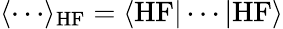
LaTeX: \langle\cdots\rangle_{\mathrm{HF}}=\langle\mathrm{HF}|\cdots|\mathrm{HF}\rangle